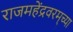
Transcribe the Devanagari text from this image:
राजमहेंद्रवरम्‌च्या